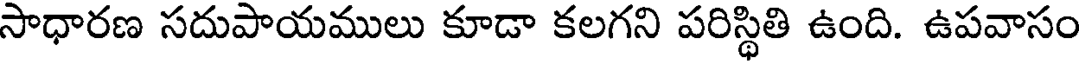
సాధారణ సదుపాయములు కూడా కలగని పరిస్థితి ఉంది. ఉపవాసం